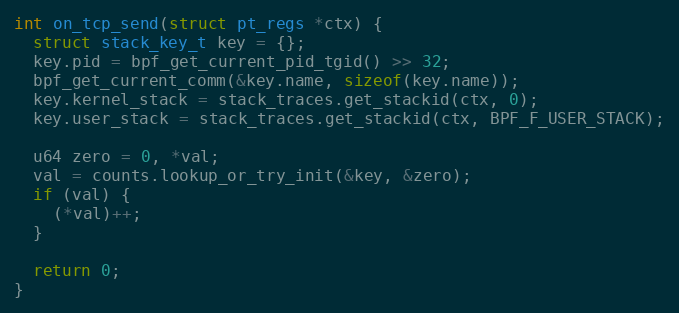
Language: C++
int on_tcp_send(struct pt_regs *ctx) {
  struct stack_key_t key = {};
  key.pid = bpf_get_current_pid_tgid() >> 32;
  bpf_get_current_comm(&key.name, sizeof(key.name));
  key.kernel_stack = stack_traces.get_stackid(ctx, 0);
  key.user_stack = stack_traces.get_stackid(ctx, BPF_F_USER_STACK);

  u64 zero = 0, *val;
  val = counts.lookup_or_try_init(&key, &zero);
  if (val) {
    (*val)++;
  }

  return 0;
}